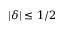
| \delta | \leq 1 / 2